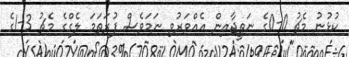
ކުޅުނު މެޗު 0-0ގެ ނަތީޖާއިން އެއްވަރުވި ނަަމަވެސް ފުރަތަމަ ލެގްގެ މެޗު 3-1ގެ